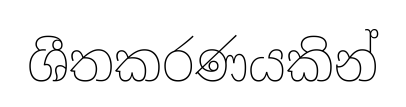
ශීතකරණයකින්